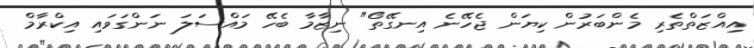
އިއްޒަތްތެރި މެންބަރުން ކިޔަން ޖެހޭނެ އިނގޭތޯ" ނިޒާމާ ބެހޭ މައްސަލަ ނަންގަވައި އިކްރާމް